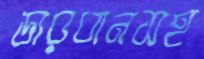
ডারবানসহ